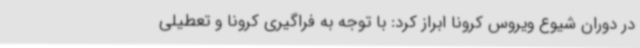
در دوران شیوع ویروس کرونا ابراز کرد: با توجه به فراگیری کرونا و تعطیلی